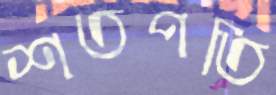
শতপতি